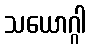
သယောဂ္ဂါ